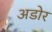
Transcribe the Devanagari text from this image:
अडोर